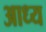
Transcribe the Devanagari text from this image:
आध्य